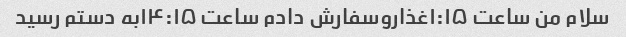
سلام من ساعت ۱:۱۵غذاروسفارش دادم ساعت ۱۴:۱۵به دستم رسید